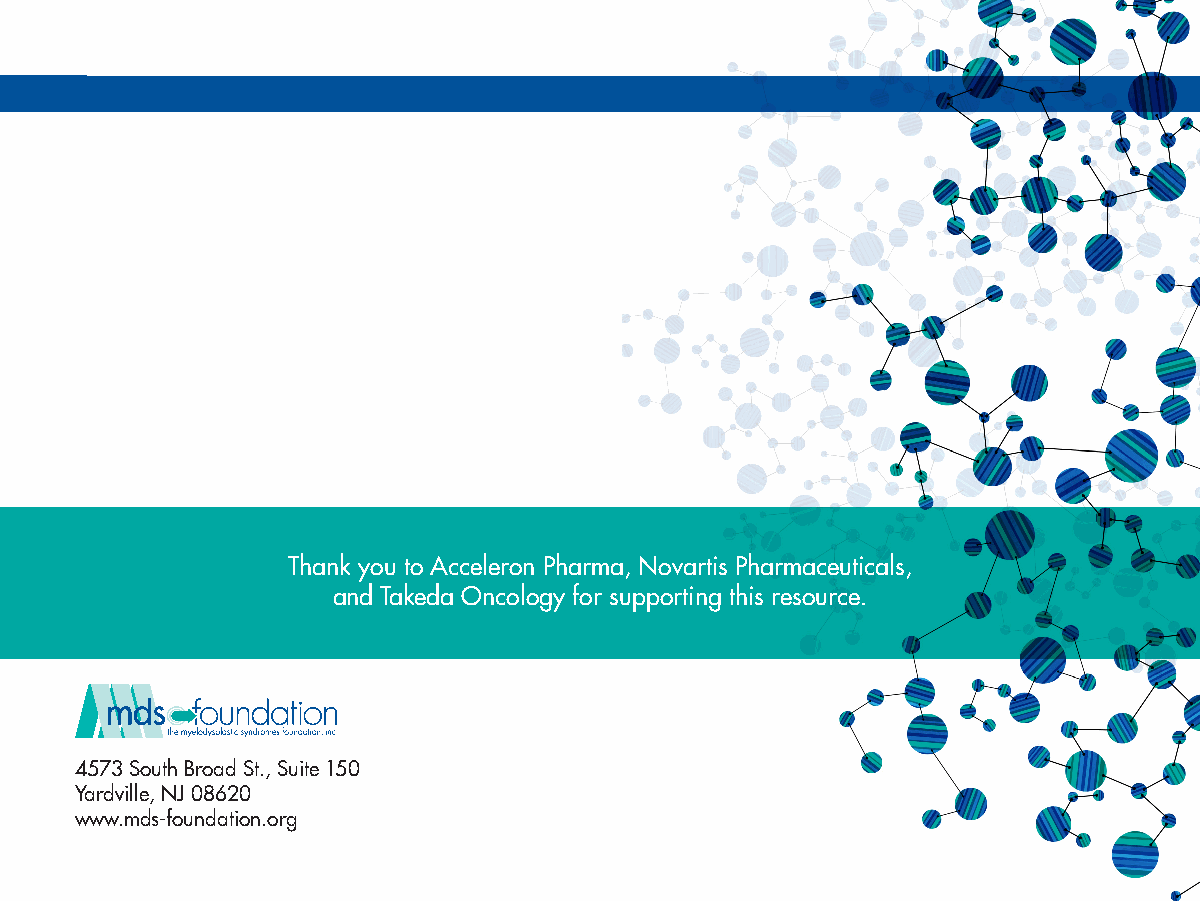
Thank you to Acceleron Pharma, Novartis Pharmaceuticals,
 and Takeda Oncology for supporting this resource.
 4573 South Broad St., Suite 150
 Yardville, NJ 08620
 www.mds-foundation.org